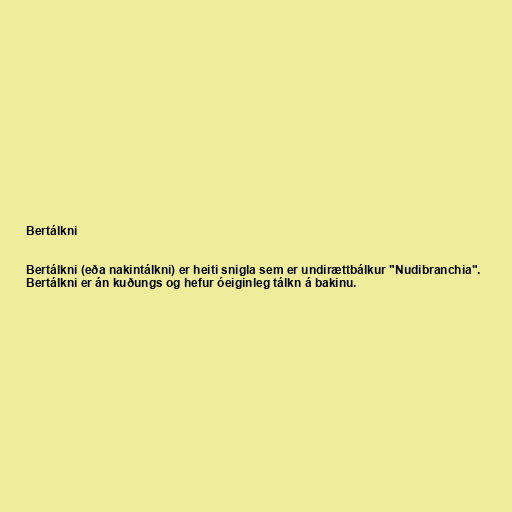
Bertálkni

Bertálkni (eða nakintálkni) er heiti snigla sem er undirættbálkur "Nudibranchia".
Bertálkni er án kuðungs og hefur óeiginleg tálkn á bakinu.